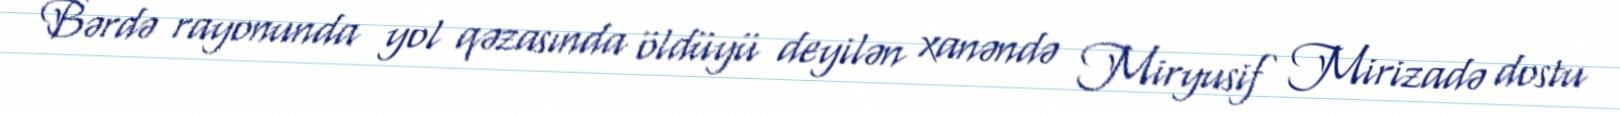
Bərdə rayonunda yol qəzasında öldüyü deyilən xanəndə Miryusif Mirizadə dostu